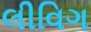
લીવિગ